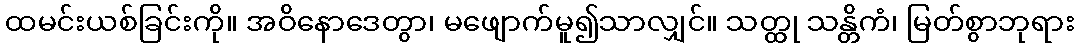
ထမင်းယစ်ခြင်းကို။ အဝိနောဒေတွာ၊ မဖျောက်မူ၍သာလျှင်။ သတ္ထု သန္တိကံ၊ မြတ်စွာဘုရား